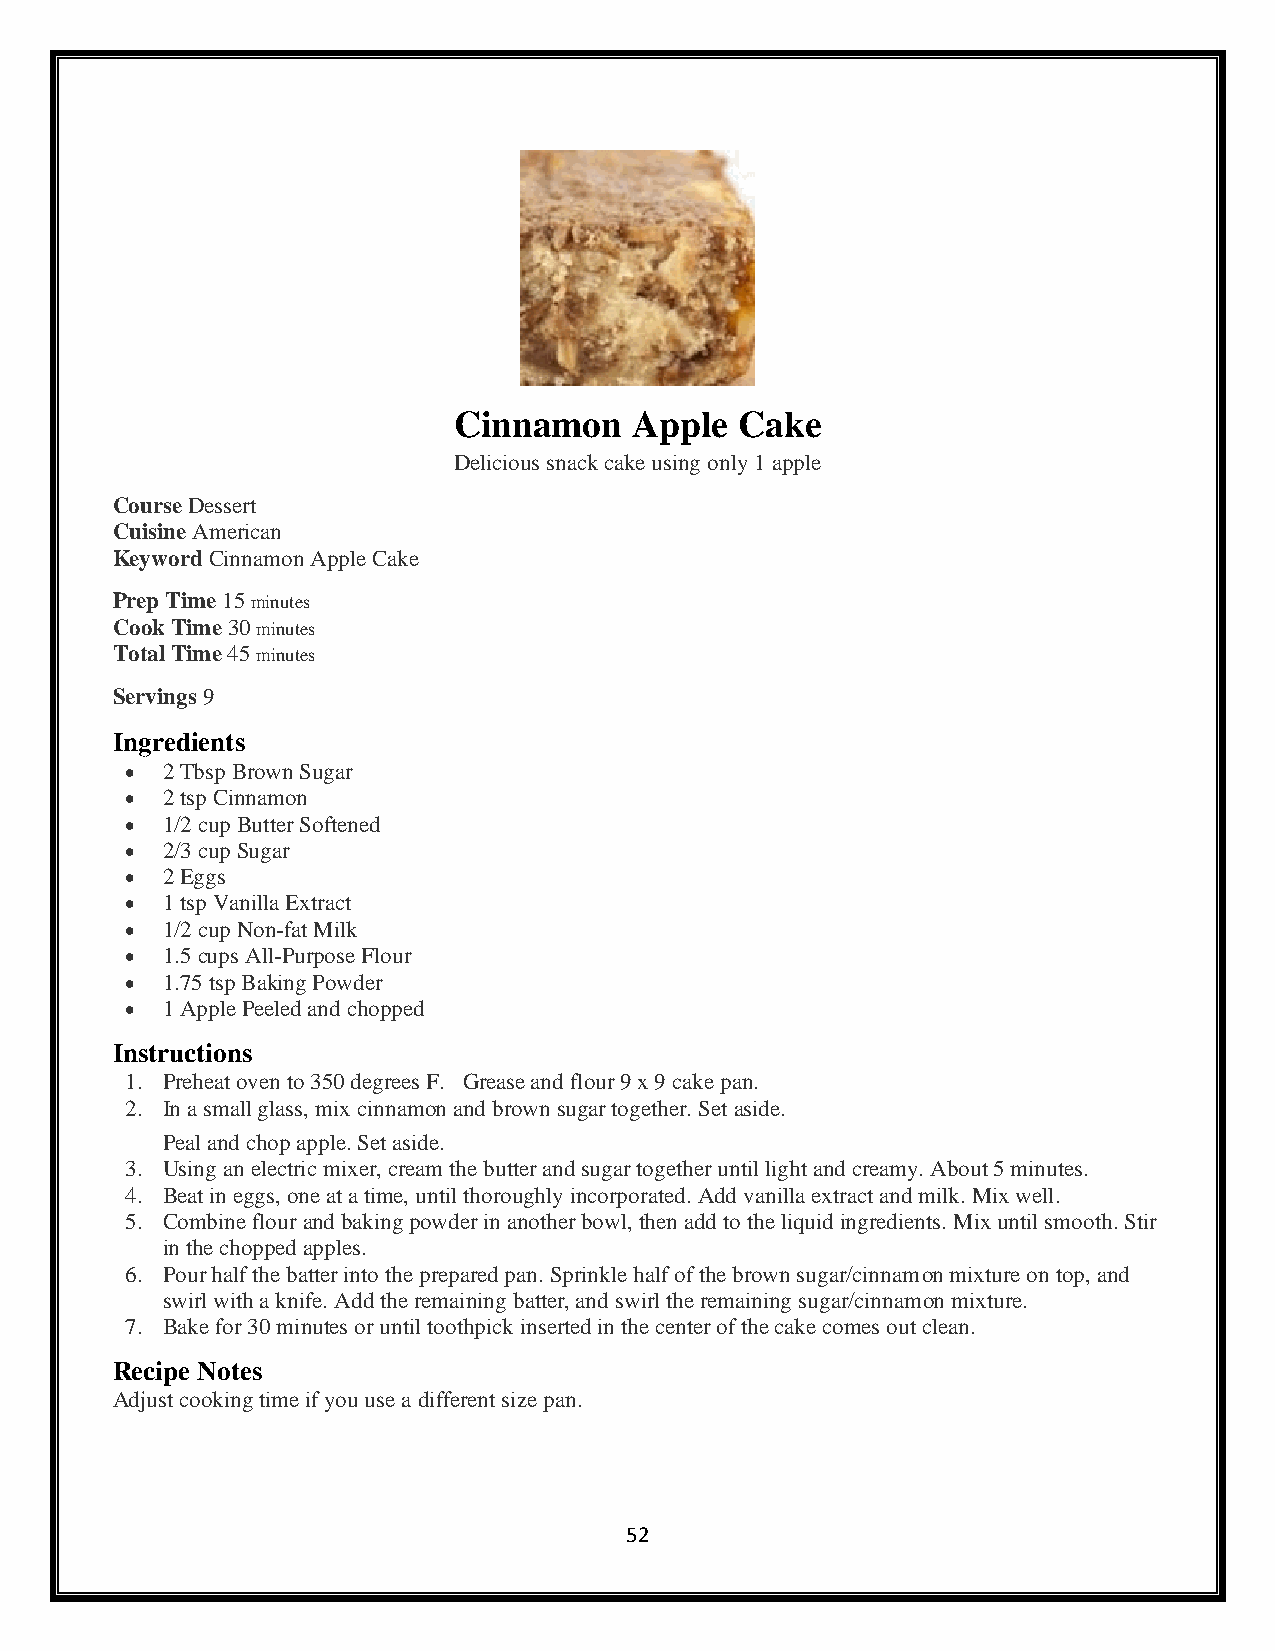
Cinnamon    Apple  Cake
 Delicious snack cake using only 1 apple
 Course Dessert
 Cuisine American
 Keyword Cinnamon Apple Cake
 Prep Time 15 minutes
 Cook Time 30 minutes
 Total Time 45 minutes
 Servings 9
 Ingredients
 •  2 Tbsp Brown Sugar
 •  2 tsp Cinnamon
 •  1/2 cup Butter Softened
 •  2/3 cup Sugar
 •  2 Eggs
 •  1 tsp Vanilla Extract
 •  1/2 cup Non-fat Milk
 •  1.5 cups All-Purpose Flour
 •  1.75 tsp Baking Powder
 •  1 Apple Peeled and chopped
 Instructions
 1. Preheat oven to 350 degrees F. Grease and flour 9 x 9 cake pan.
 2. In a small glass, mix cinnamon and brown sugar together. Set aside.
 Peal and chop apple. Set aside.
 3. Using an electric mixer, cream the butter and sugar together until light and creamy. About 5 minutes.
 4. Beat in eggs, one at a time, until thoroughly incorporated. Add vanilla extract and milk. Mix well.
 5. Combine flour and baking powder in another bowl, then add to the liquid ingredients. Mix until smooth. Stir
 in the chopped apples.
 6. Pour half the batter into the prepared pan. Sprinkle half of the brown sugar/cinnamon mixture on top, and
 swirl with a knife. Add the remaining batter, and swirl the remaining sugar/cinnamon mixture.
 7. Bake for 30 minutes or until toothpick inserted in the center of the cake comes out clean.
 Recipe Notes
 Adjust cooking time if you use a different size pan.
 52